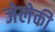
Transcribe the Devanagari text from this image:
जेलेकी